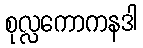
စုလ္လကောကနဒါ